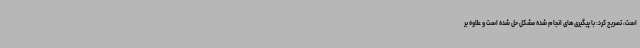
است، تصریح کرد: با پیگیری های انجام شده مشکل حل شده است و علاوه بر